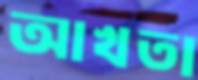
আখতা